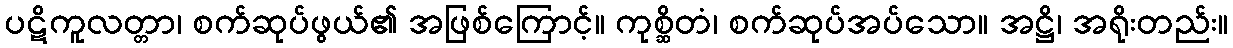
ပဋိကူလတ္တာ၊ စက်ဆုပ်ဖွယ်၏ အဖြစ်ကြောင့်။ ကုစ္ဆိတံ၊ စက်ဆုပ်အပ်သော။ အဋ္ဌိ၊ အရိုးတည်း။